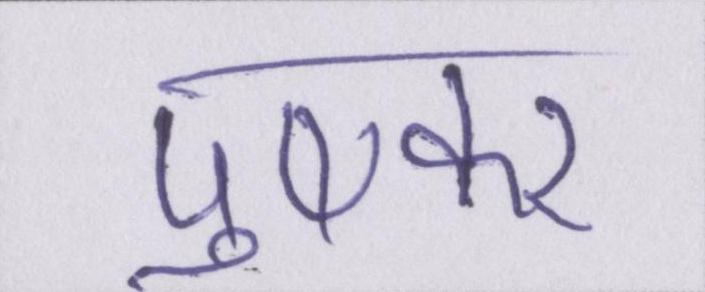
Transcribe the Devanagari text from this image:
पुष्कर